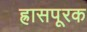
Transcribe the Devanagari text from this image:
ह्रासपूरक